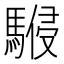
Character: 𩤨